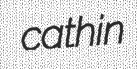
cathin